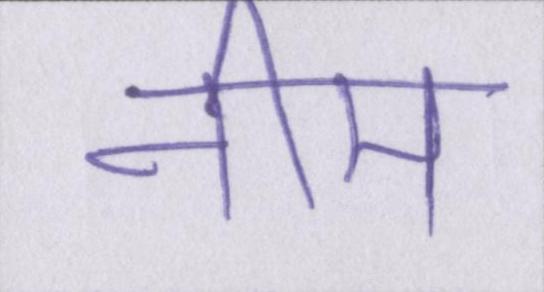
नीम